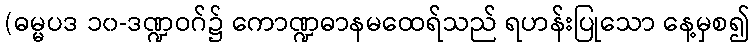
(ဓမ္မပဒ ၁၀-ဒဏ္ဍဝဂ်၌ ကောဏ္ဍဓာနမထေရ်သည် ရဟန်းပြုသော နေ့မှစ၍